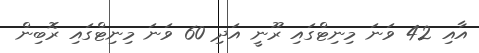
އާއި 42 ވަނަ މިނިޓްގައި ރޫނީ އަދި 60 ވަނަ މިނިޓްގައި ރޮބިން